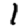
Digit: 1